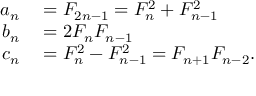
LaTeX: \begin{array} { r l } { a _ { n } } & { { } = F _ { 2 n - 1 } = F _ { n } ^ { 2 } + F _ { n - 1 } ^ { 2 } } \\ { b _ { n } } & { { } = 2 F _ { n } F _ { n - 1 } } \\ { c _ { n } } & { { } = F _ { n } ^ { 2 } - F _ { n - 1 } ^ { 2 } = F _ { n + 1 } F _ { n - 2 } . } \end{array}